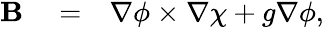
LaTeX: \begin{array}{rlr}{{\mathbf B}}&{{}=}&{{\mathbf\nabla}\phi~{\mathbf\times}~{\mathbf\nabla}\chi+g{\mathbf\nabla}\phi,}\end{array}